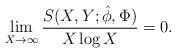
LaTeX: \begin{align*} \lim_{X \rightarrow \infty} \frac{S(X, Y;\hat{\phi}, \Phi)}{X \log X}=0.\end{align*}